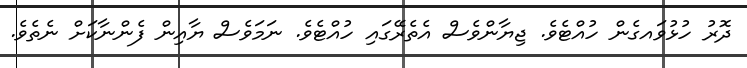
ދޮރު ހުޅުވައގެން ހުއްޓެވެ. ޖިޔާންވެސް އެތެރޭގައި ހުއްޓެވެ. ނަމަވެސް ޔާއިން ފެންނާކަށް ނެތެވެ.